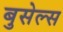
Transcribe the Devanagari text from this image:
बुसेल्स